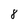
Character: 8